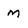
Character: m